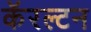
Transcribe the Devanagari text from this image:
कॅरल्टन